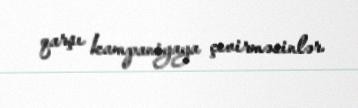
qarşı kampaniyaya çevirməsinlər.